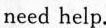
need help.